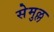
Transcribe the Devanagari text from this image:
सेमुल्ल